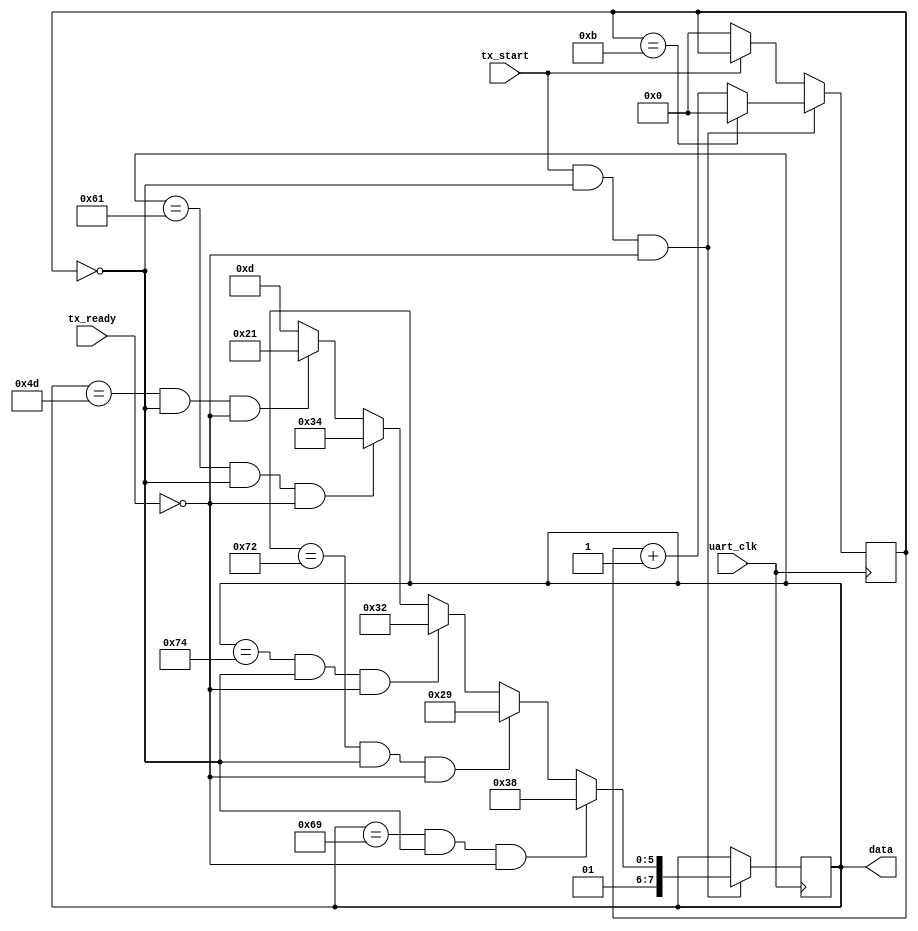
`timescale 1ns / 1ps
//////////////////////////////////////////////////////////////////////////////////
// Company: 
// Engineer: 
// 
// Design Name: 
// Module Name:    Matrix 
// Project Name: 
// Target Devices: 
// Tool versions: 
// Description: 
//
// Dependencies: 
//
// Revision: 
// Revision 0.01 - File Created
// Additional Comments: 
//
//////////////////////////////////////////////////////////////////////////////////
module Matrix(input uart_clk,
				  input tx_start,
				  input tx_ready,
				  output reg [7:0] data
							);
							
	reg [3:0] count;
	reg first,second;
	always @(posedge uart_clk) begin
		if (~tx_start) count<=4'd0;
		if (tx_start && count==4'd0 && ~tx_ready)begin
			data<=8'd77;
			if (data==8'd77 && count==4'd0 && ~tx_ready)	
				data<=8'd97;
			if (data==8'd97 && count==4'd0 && ~tx_ready)
				data<=8'd116;
			if (data==8'd116 && count==4'd0 && ~tx_ready)
				data<=8'd114;
			if (data==8'd114 && count==4'd0 && ~tx_ready)
				data<=8'd105;
			if (data==8'd105 && count==4'd0 && ~tx_ready)
				data<=8'd120;
			count<=count+4'd1;
			if(count==4'd11) count<=4'd0;
		end
	end
	
	/*reg hold;
	reg [3:0]state;
	
	always @ (posedge uart_clk) begin
		hold<=tx_start;
		if (!tx_start) state<=4'b0000;
		if (hold!=tx_start && tx_start==1)begin
			state<=4'b0001;
		end
		count<=count+4'd1;
		if(count==4'd11) count<=4'd0;
		if (hold && count==4'd0)begin
			if (state==4'b0001)begin
				data<=8'd87;
				state<=4'd2;
			end
			else if(state==4'd2 && count==4'd0)begin
				data<=8'd97;
				state<=4'd3;
			end
			else if(state==4'd3 && count==4'd0)begin
				data<=8'd107;
				state<=4'd4;
			end
			else if(state==4'd4 && count==4'd0)begin
				data<=8'd101;
				state<=4'd0;
			end
		end
	end

*/

endmodule